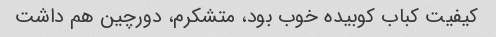
کیفیت کباب کوبیده خوب بود، متشکرم، دورچین هم داشت